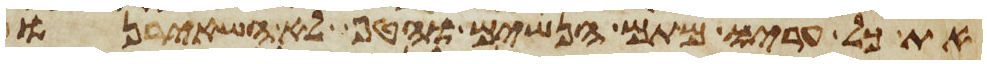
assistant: את כל עריו מתם הנשים והטף לא השאירנו